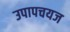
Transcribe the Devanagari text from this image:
उपापचयज